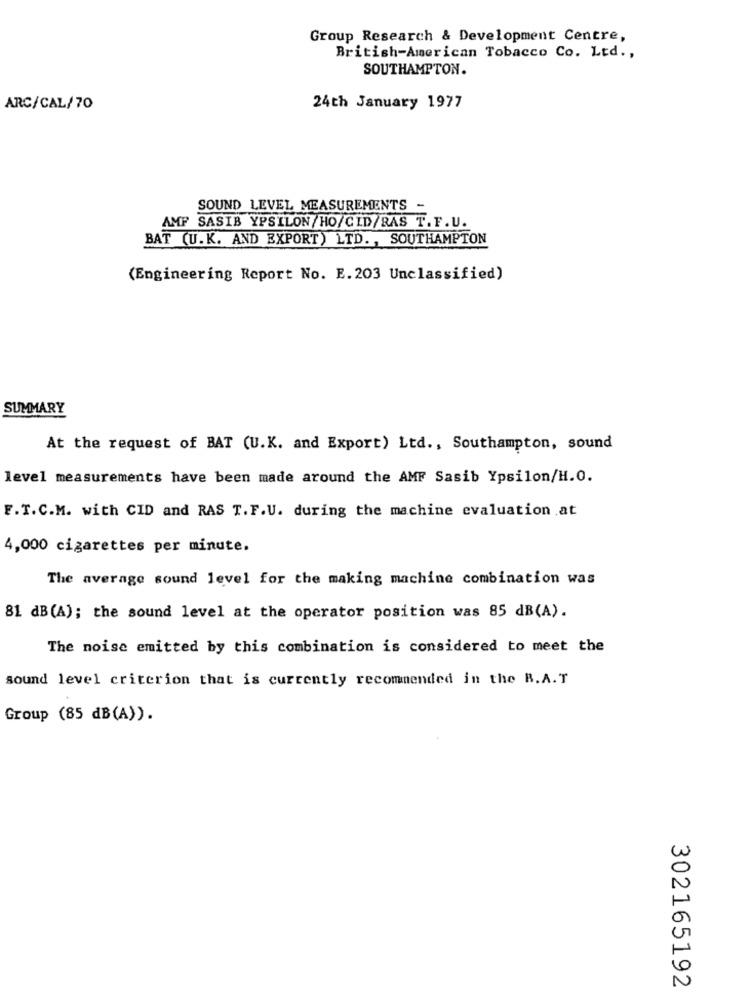
Group Research & Development Centre,
British-American Tobacco Co. Ltd .,
SOUTHAMPTON.
ARC/CAL/70
24th January 1977
SOUND LEVEL MEASUREMENTS -
AMF SASIB YPSILON/HO/CID/RAS T.F.U.
BAT (U.K. AND EXPORT) LTD ., SOUTHAMPTON
(Engineering Report No. E.203 Unclassified)
SUMMARY
At the request of BAT (U.K. and Export) Ltd ., Southampton, sound
level measurements have been made around the AMF Sasib Ypsilon/H.O.
F.T.C.M. with CID and RAS T. F.U. during the machine evaluation at
4,000 cigarettes per minute.
The average sound level for the making machine combination was
81 dB(A); the sound level at the operator position was 85 dB(A).
The noise emitted by this combination is considered to meet the
sound level criterion that is currently recommended in the R.A.T
Group (85 dB(A)).
302165192